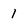
Character: 1